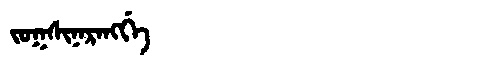
Manchu: ᠵᠣᡴᠰᡳᠨᠠᡵᠠᠩᡤᡝ
Romanization: JOKSINARANGGE